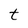
Character: t